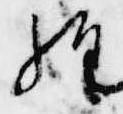
経